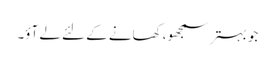
جو بہتر سمجھو، کھانے کے لئے لے آؤ۔